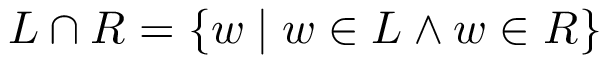
L \cap R = \{ w \mid w \in L \land w \in R \}